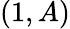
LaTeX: (1,A)